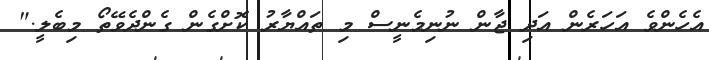
އެހެންވެ އަހަރެން އަދި ޖާން ނުނިމެނީސް މި ތައްޔާރު ކޮށްގެން ގެންދެވޭތޯ މިބެލީ."